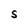
Character: S